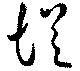
従